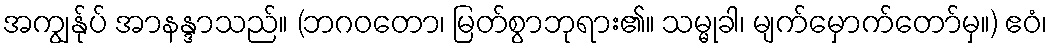
အကျွန်ုပ် အာနန္ဒာသည်။ (ဘဂဝတော၊ မြတ်စွာဘုရား၏။ သမ္မုခါ၊ မျက်မှောက်တော်မှ။) ဧဝံ၊